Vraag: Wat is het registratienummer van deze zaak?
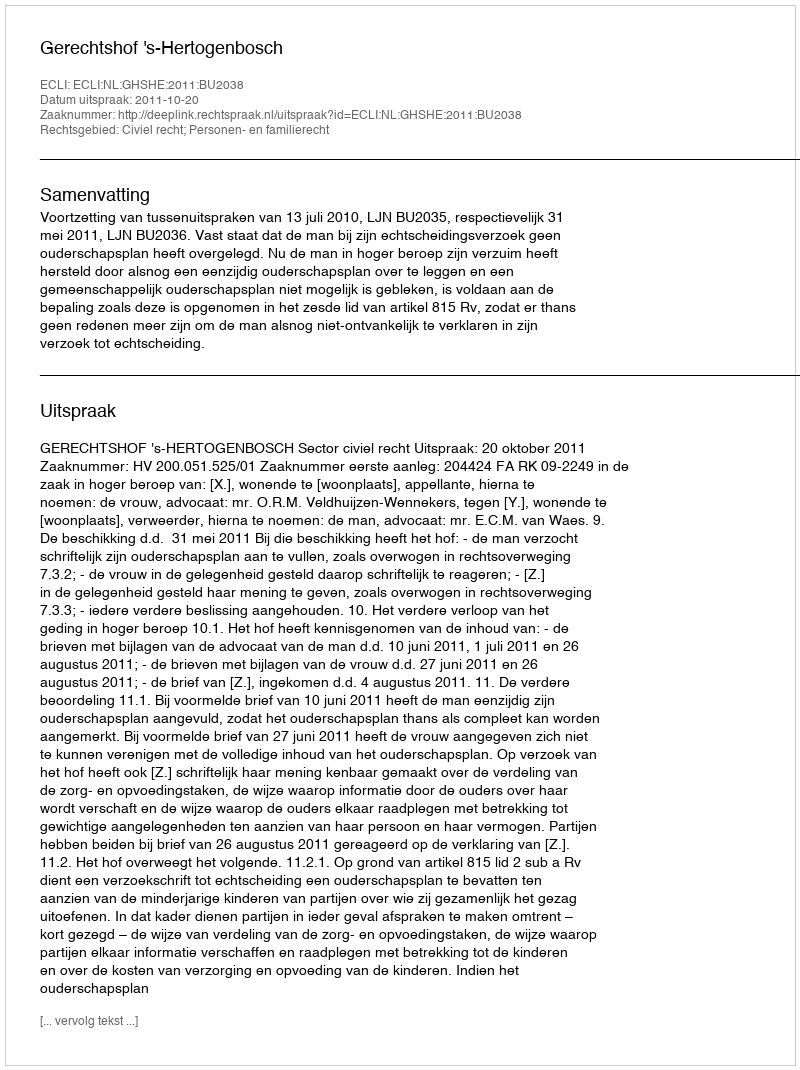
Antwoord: http://deeplink.rechtspraak.nl/uitspraak?id=ECLI:NL:GHSHE:2011:BU2038